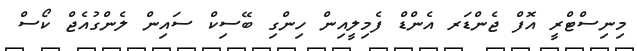
މިނިސްޓްރީ އޮފް ޖެންޑަރ އެންޑް ފެމިލީއިން ހިންގި ބޭސިކް ސައިން ލެންގުއެޖް ކޯސް